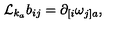
{ \cal L } _ { k _ { a } } b _ { i j } = \partial _ { [ i } \omega _ { j ] a } ,